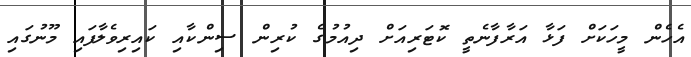
އެހެން މީހަކަށް ފަޅާ އަރާފާނެތީ ކޮޓަރިއަށް ދިއުމުގެ ކުރިން ސިންކާއި ކައިރިވެލާފައި މޫނުގައި